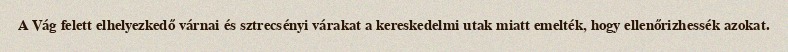
A Vág felett elhelyezkedő várnai és sztrecsényi várakat a kereskedelmi utak miatt emelték, hogy ellenőrizhessék azokat.